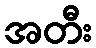
အတီး